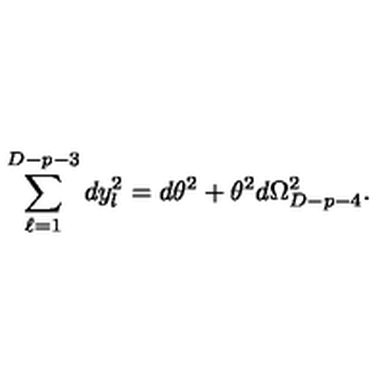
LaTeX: \sum _ { \ell = 1 } ^ { D - p - 3 } d y _ { l } ^ { 2 } = d \theta ^ { 2 } + \theta ^ { 2 } d \Omega _ { D - p - 4 } ^ { 2 } .